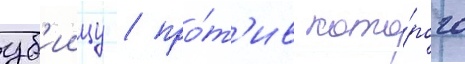
уб'иицу / про́т'ив кото́рого